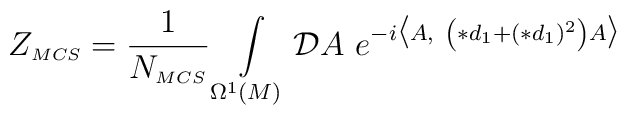
Z_{\scriptscriptstyle MCS} = \frac{1}{N_{\scriptscriptstyle MCS}}\int\limits_{\Omega^{\scriptscriptstyle 1}(M)}\mathcal{D}A \hskip 4pt e^{-i \bigl\langle A, \hskip 4pt \left(\ast d_{\scriptscriptstyle 1} +(\ast d_{\scriptscriptstyle 1})^{\scriptscriptstyle 2} \right)A \bigr\rangle}